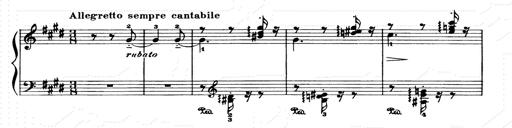
Title: Consolations and LiebestrÃ¤ume for the Piano
Composer: Franz Liszt